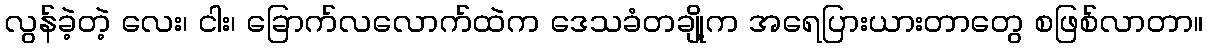
လွန်ခဲ့တဲ့ လေး၊ ငါး၊ ခြောက်လလောက်ထဲက ဒေသခံတချို့က အရေပြားယားတာတွေ စဖြစ်လာတာ။